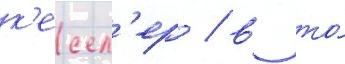
к'ессл'ер / в то́